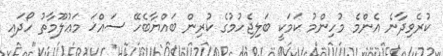
ކުރެވިދާނެ އެންމެ މުހިންމު ކަމަކީ ބަލިޖެހުމުގެ ކުރިން ބައްޔާބެހޭ ސައްޚަ މަޢުލޫމާތު ހޯދައި